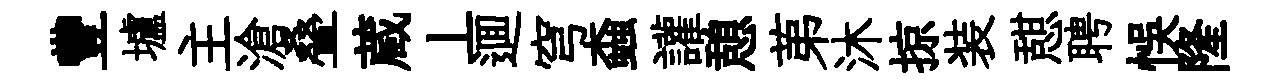
豐壚主滄叠蔵丄逥穹螙讙憩苐沐掠装憇聘悞隆